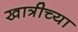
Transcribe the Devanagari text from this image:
खात्रीच्या